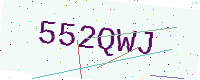
Text: 552QWJ